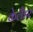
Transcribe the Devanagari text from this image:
केलैंडर